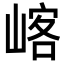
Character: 𡺀